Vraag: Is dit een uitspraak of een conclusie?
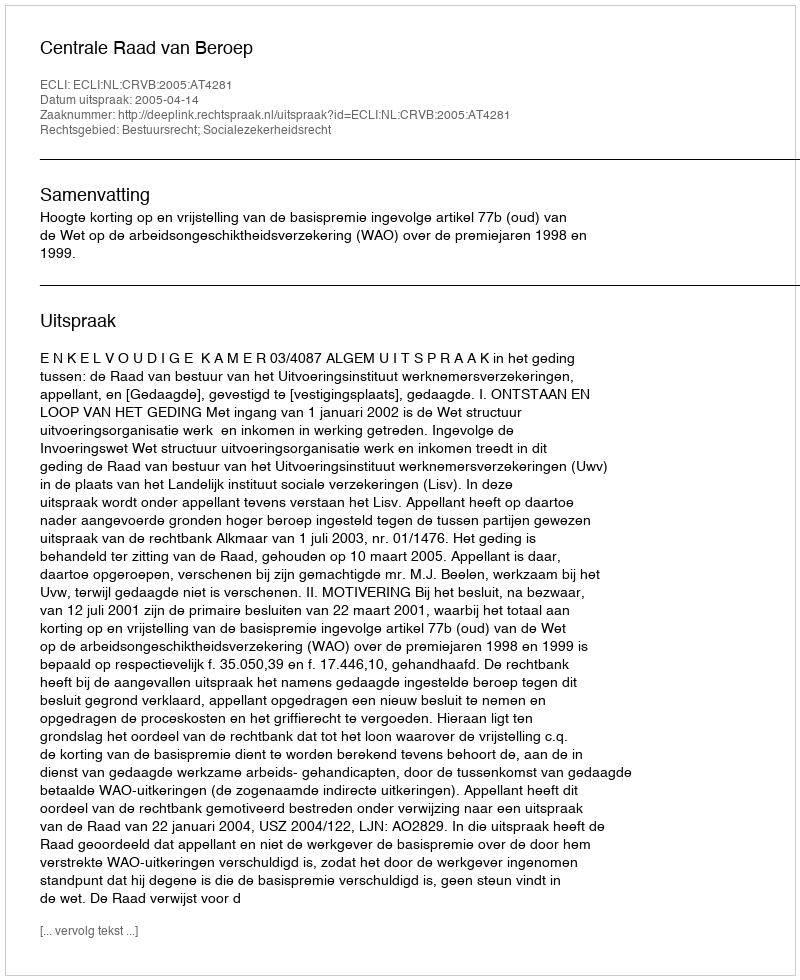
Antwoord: Uitspraak